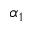
\alpha _ { 1 }